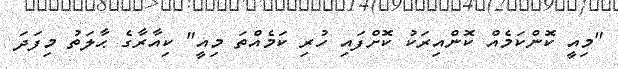
"މިއީ ކޮންކަމެއް ކޮންއިރަކު ކޮށްފައި ހުރި ކަމެއްތަ މިއީ" ކިއާރާގެ ޙާލަތު މިފަދަ